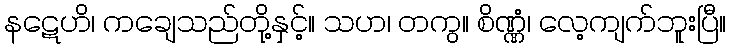
နဋေဟိ၊ ကချေသည်တို့နှင့်။ သဟ၊ တကွ။ စိဏ္ဏံ၊ လေ့ကျက်ဘူးပြီ။